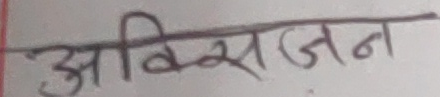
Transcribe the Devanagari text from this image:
अक्सिजन